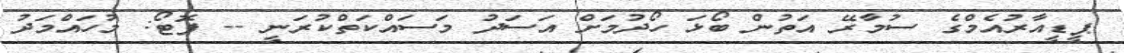
ޕީޑީއާރުއެމްގެ ސުމާރޭ އަތުން ބޯޅަ ހޯދުމަށް އަސަދު މަސައްކަތްކުރަނީ -- ފޮޓޯ: މުހައްމަދު